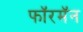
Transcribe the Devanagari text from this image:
फॉरमॅन